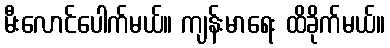
မီးလောင်ပေါက်မယ်။ ကျန်းမာရေး ထိခိုက်မယ်။